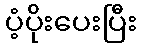
ပံ့ပိုးပေးပြီး